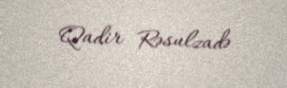
Qadir Rəsulzadə